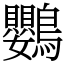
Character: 鸚